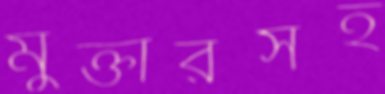
মুক্তারসহ